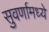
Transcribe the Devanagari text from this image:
सुवर्णामध्ये